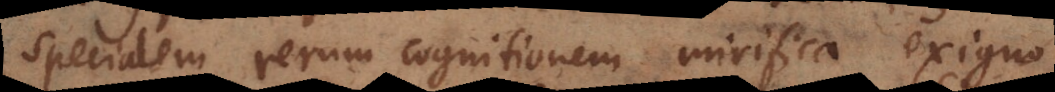
specialem rerum cognitionem mirifica exiguo